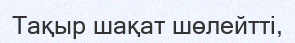
Тақыр шақат шөлейтті,